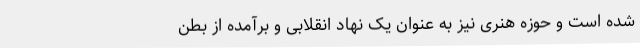
شده است و حوزه هنری نیز به عنوان یک نهاد انقلابی و برآمده از بطن